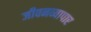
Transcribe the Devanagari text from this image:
जीवनव्यापार